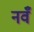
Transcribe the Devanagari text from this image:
नवँ